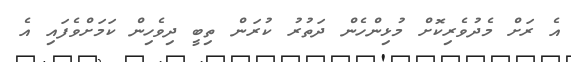
އެ ރަށް މެދުވެރިކޮށް މުޅިންހެން ދަތުރު ކުރަން ތިބީ ދިވެހިން ކަމަށްވެފައި އެ